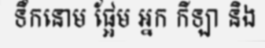
ទឹកនោម ផ្អែម អ្នក កីឡា និង